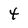
Character: 4